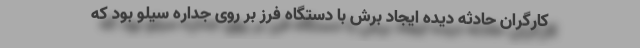
کارگران حادثه دیده ایجاد برش با دستگاه فرز بر روی جداره سیلو بود که